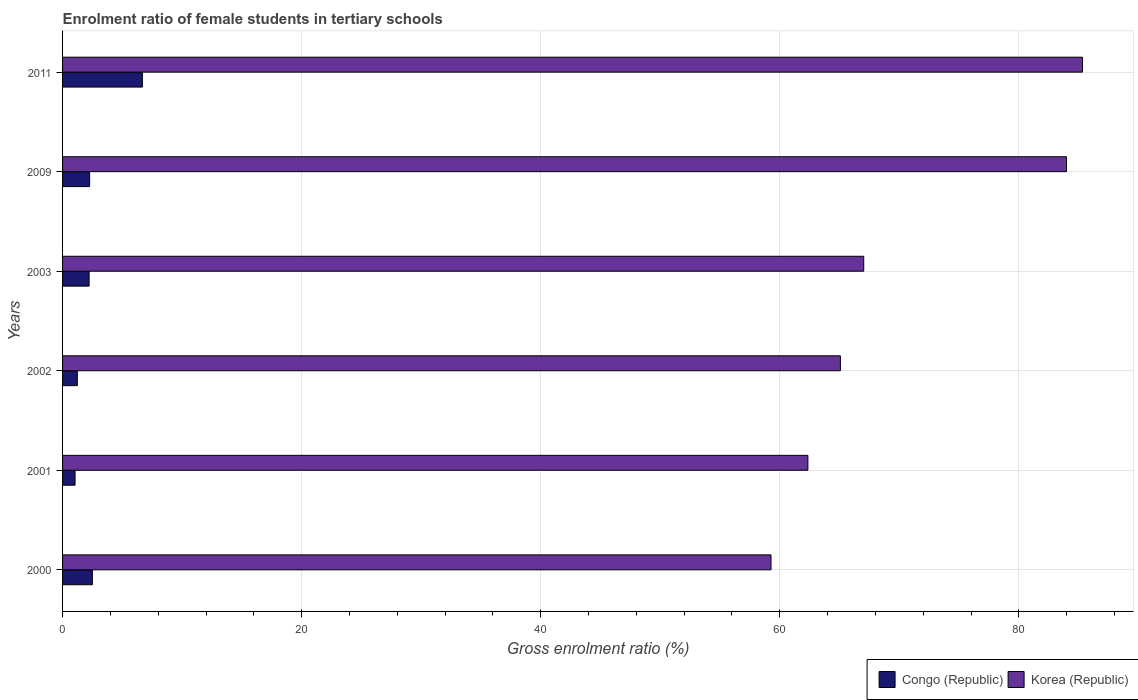
| Years | Congo (Republic) | Korea (Republic) |
 | --- | --- | --- |
 | 2000 | 2.49 | 59.3 |
 | 2001 | 1.04 | 62.3 |
 | 2002 | 1.23 | 65.1 |
 | 2003 | 2.22 | 67 |
 | 2009 | 2.26 | 84 |
 | 2011 | 6.68 | 85.3 |